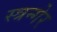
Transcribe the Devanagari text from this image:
स्त्रन्गेर